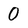
Character: 0